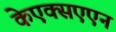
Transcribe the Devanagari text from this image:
केएक्सएएन